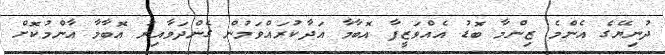
ދުނިޔޭގެ އެންމެ ޒިންމާ ބޮޑު އެއްވަޒީފާ އޮބާމާ އަދާކުރައްވަމުން ގެންދަވާއިރު އޮބާމާ އާންމުކޮށް